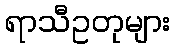
ရာသီဥတုများ